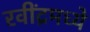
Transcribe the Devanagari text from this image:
रवींद्रमध्ये